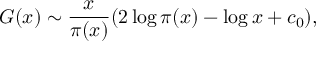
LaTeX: G ( x ) \sim { \frac { x } { \pi ( x ) } } ( 2 \log \pi ( x ) - \log x + c _ { 0 } ) ,